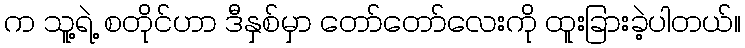
က သူ့ရဲ့ စတိုင်ဟာ ဒီနှစ်မှာ တော်တော်လေးကို ထူးခြားခဲ့ပါတယ်။